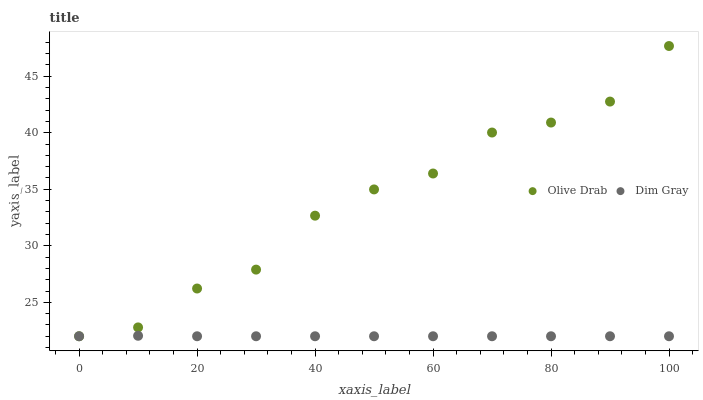
| xaxis_label | Olive Drab | Dim Gray |
 | --- | --- | --- |
 | 0 | 22 | 22 |
 | 10 | 22.8 | 22 |
 | 20 | 26.2 | 22 |
 | 30 | 27.9 | 22 |
 | 40 | 32.7 | 22 |
 | 50 | 35 | 22 |
 | 60 | 36.4 | 22 |
 | 70 | 40 | 22 |
 | 80 | 40.9 | 22 |
 | 90 | 42.8 | 22 |
 | 100 | 47.7 | 22 |